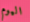
اليوم